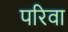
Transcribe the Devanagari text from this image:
परिवा